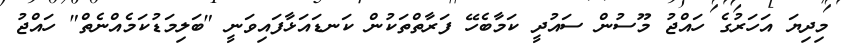
މިދިޔަ އަހަރުގެ ހައްޖު މޫސުން ސައުދީ ކަމާބެހޭ ފަރާތްތަކުން ކަނޑައަޅާފައިވަނީ "ބަލިމަޑުކަމެއްނެތް" ހައްޖު